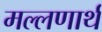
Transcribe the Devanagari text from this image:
मल्लणार्थ